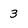
Character: 3